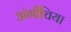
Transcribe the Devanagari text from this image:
अंगीचिया